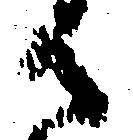
御